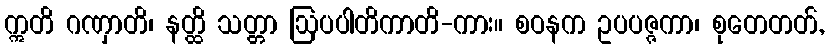
ဣတိ ဂဏှာတိ၊ နတ္ထိ သတ္တာ ဩပပါတိကာတိ-ကား။ စဝနက ဥပပဇ္ဇကာ၊ စုတေတတ်,